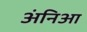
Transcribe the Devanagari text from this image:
अंनिआ